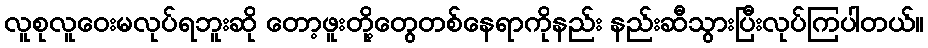
လူစုလူဝေးမလုပ်ရဘူးဆို တော့ဖူးတို့တွေတစ်နေရာကိုနည်း နည်းဆီသွားပြီးလုပ်ကြပါတယ်။